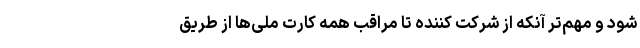
شود و مهم‌تر آنکه از شرکت کننده تا مراقب همه کارت ملی‌ها از طریق